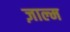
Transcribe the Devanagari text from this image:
ज़ाल्म